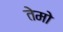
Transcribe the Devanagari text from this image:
तेमो